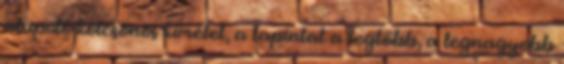
alapuló kölcsönös kímélet, a tapintat a legtöbb, a legnagyobb